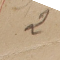
2